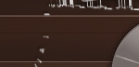
أفضل أنواع القهوة العربية